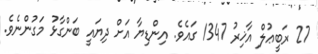
27 ރަބީޢުލް އާޚިރު 1347 ގައެވެ. އިންޑިޔާ އަށް ދިޔައީ ބަންގާޅު މަގުންނެވެ.